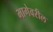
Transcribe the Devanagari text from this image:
भागेवरील